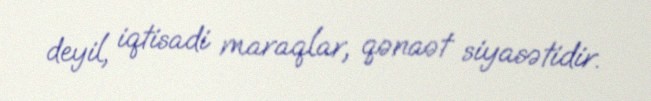
deyil, iqtisadi maraqlar, qənaət siyasətidir.